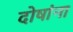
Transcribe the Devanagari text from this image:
दोषांना